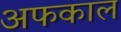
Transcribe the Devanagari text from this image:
अफकाल